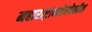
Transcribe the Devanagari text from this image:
महाराष्ट्राबाहेरदेखील